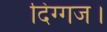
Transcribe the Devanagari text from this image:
दिग्गज।